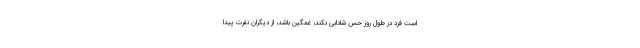
است فرد در طول روز حس شادابی نکند، غمگین باشد، از دیگران نفرت پیدا